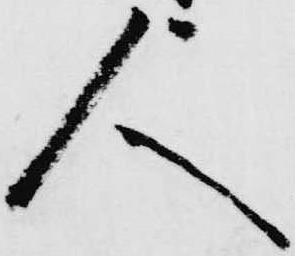
人